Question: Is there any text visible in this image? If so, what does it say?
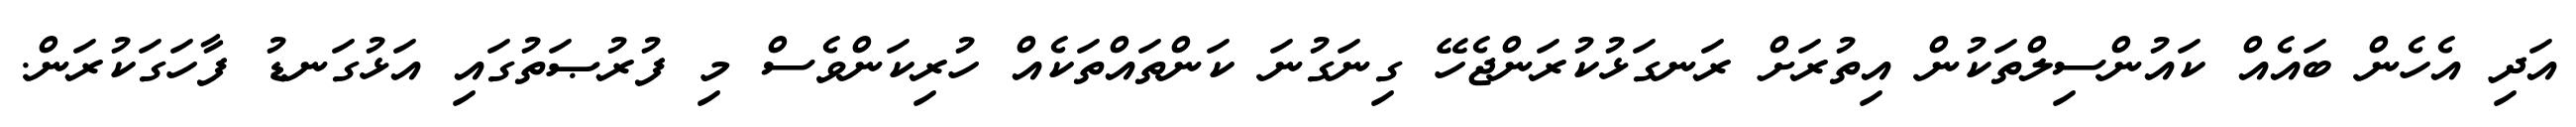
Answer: އަދި އެހެން ބައެއް ކައުންސިލްތަކުން އިތުރަށް ރަނގަޅުކުރަންޖެހޭ ގިނަގުނަ ކަންތައްތަކެއް ހުރިކަންވެސް މި ފުރުޞަތުގައި އަޅުގަނޑު ފާހަގަކުރަން.